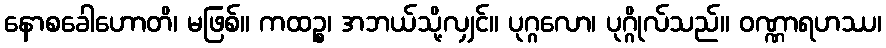
နောစခေါဟောတိ၊ မဖြစ်။ ကထဉ္စ၊ အဘယ်သို့လျှင်။ ပုဂ္ဂလော၊ ပုဂ္ဂိုလ်သည်။ ဝဏ္ဏာရဟဿ၊